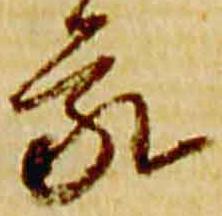
家